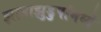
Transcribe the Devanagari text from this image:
झाडाझुडुपांमध्ये